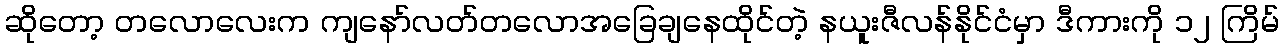
ဆိုတော့ တလောလေးက ကျနော်လတ်တလောအခြေချနေထိုင်တဲ့ နယူးဇီလန်နိုင်ငံမှာ ဒီကားကို ၁၂ ကြိမ်